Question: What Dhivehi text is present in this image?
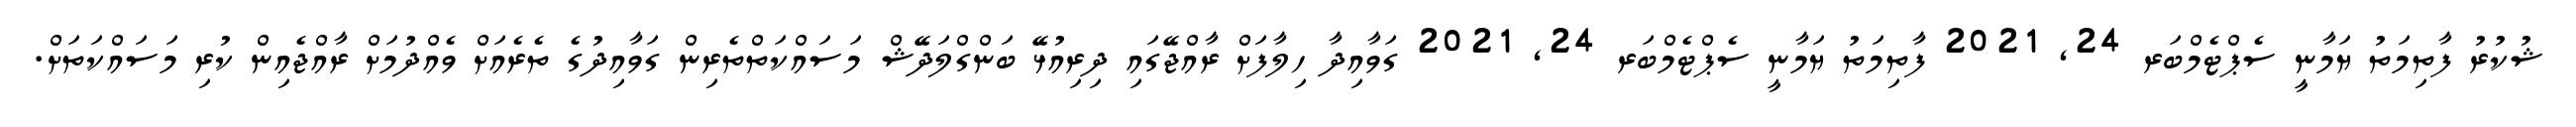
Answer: ޝުކުރު ފާތިމަތު ޔަމާނީ ސެޕްޓެމްބަރ 24, 2021 ފާތިމަތު ޔަމާނީ ސެޕްޓެމްބަރ 24, 2021 ގަވާއިދާ ހިލާފަށް ރާއްޖޭގައި ދިރިއުޅޭ ބަންގްލަދޭޝް މަސައްކަތްތެރިން ގަވާއިދުގެ ތެރެއަށް ވެއްދުމަށް ރާއްޖެއިން ކުރި މަސައްކަތަށް.